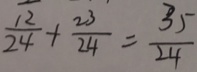
\frac { 1 2 } { 2 4 } + \frac { 2 3 } { 2 4 } = \frac { 3 5 } { 2 4 }